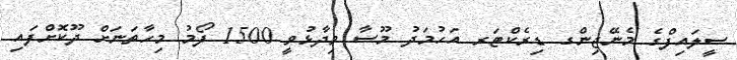
ސީލައިފްގެ މެނޭޖިންގ ޑިރެކްޓަރ އަހުމަދު މޫސާ ވިދާޅުވީ 1500 ފޯމު މިހާތަނަށް ދޫކޮށްފައި